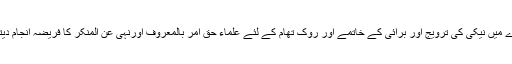
معاشرے میں نیکی کی ترویج اور برائی کے خاتمے اور روک تھام کے لئے علماء حق امر بالمعروف اورنہی عن المنکر کا فریضہ انجام دیتے ہیں۔